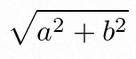
\sqrt{a^2+b^2}